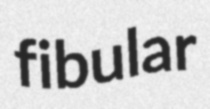
fibular